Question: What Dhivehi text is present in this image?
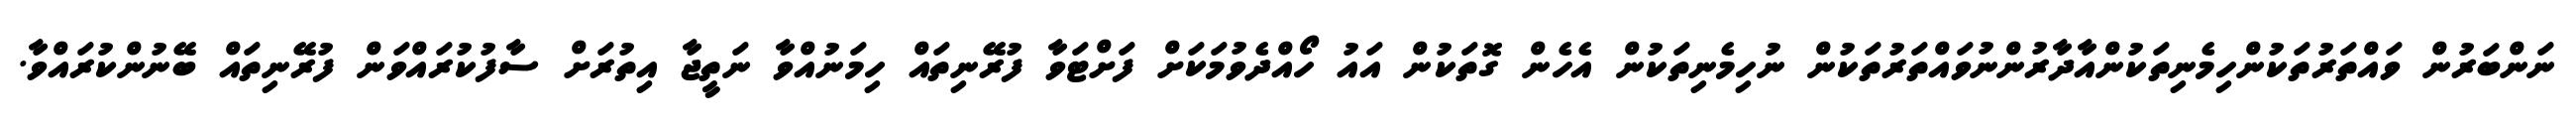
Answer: ނަންބަރުން ވައްތަރުތަކުންހިމެނިތަކުންއާދާރުންނުވައްތަރުތަކުން ނުހިމެނިތަކުން އެހެން ގޮތަކުން އައު ހޯއްދެވުމަކަށް ފަށްޓަވާ ފުރޭނިތައް ހިމަނުއްވާ ނަތީޖާ އިތުރަށް ސާފުކުރައްވަން ފުރޭނިތައް ބޭނުންކުރައްވާ.